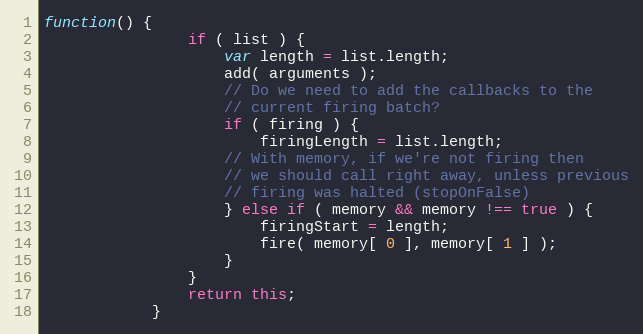
Language: JavaScript
function() {
				if ( list ) {
					var length = list.length;
					add( arguments );
					// Do we need to add the callbacks to the
					// current firing batch?
					if ( firing ) {
						firingLength = list.length;
					// With memory, if we're not firing then
					// we should call right away, unless previous
					// firing was halted (stopOnFalse)
					} else if ( memory && memory !== true ) {
						firingStart = length;
						fire( memory[ 0 ], memory[ 1 ] );
					}
				}
				return this;
			}